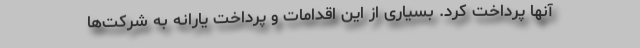
آنها پرداخت کرد. بسیاری از این اقدامات و پرداخت یارانه به شرکت‌ها